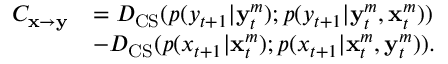
\begin{array} { r l } { C _ { \mathbf { x } \rightarrow \mathbf { y } } } & { = D _ { \mathrm { C S } } ( p ( y _ { t + 1 } | \mathbf { y } _ { t } ^ { m } ) ; p ( y _ { t + 1 } | \mathbf { y } _ { t } ^ { m } , \mathbf { x } _ { t } ^ { m } ) ) } \\ & { - D _ { \mathrm { C S } } ( p ( x _ { t + 1 } | \mathbf { x } _ { t } ^ { m } ) ; p ( x _ { t + 1 } | \mathbf { x } _ { t } ^ { m } , \mathbf { y } _ { t } ^ { m } ) ) . } \end{array}